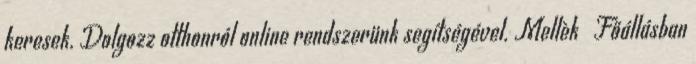
keresek. Dolgozz otthonról online rendszerünk segítségével. Mellèk Főállásban